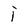
Character: i